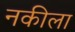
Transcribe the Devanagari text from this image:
नकीला